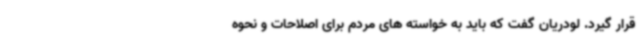
قرار گیرد. لودریان گفت که باید به خواسته های مردم برای اصلاحات و نحوه